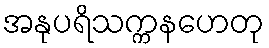
အနုပရိသက္ကနဟေတု